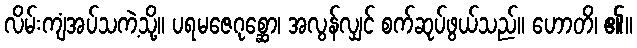
လိမ်းကျံအပ်သကဲ့သို့။ ပရမဇေဂုစ္ဆော၊ အလွန်လျှင် စက်ဆုပ်ဖွယ်သည်။ ဟောတိ၊ ၏။